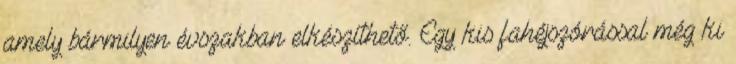
amely bármilyen évszakban elkészíthető. Egy kis fahéjszórással még ki